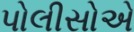
પોલીસોએ